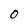
Character: 0